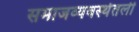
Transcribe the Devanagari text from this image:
समाजव्यवस्थेतली